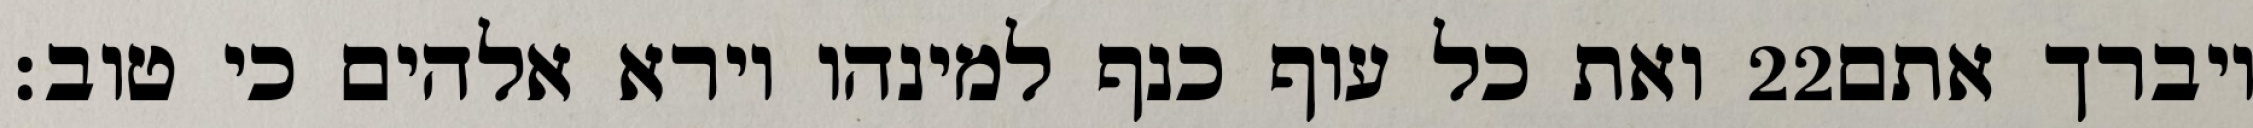
ואת כל עוף כנף למינהו וירא אלהים כי טוב׃ ‎22‏ ויברך אתם